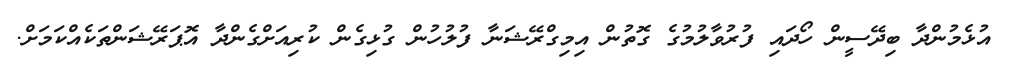
އުޅެމުންދާ ބިދޭސީން ހޯދައި ފުރުވާލުމުގެ ގޮތުން އިމިގްރޭޝަނާ ފުލުހުން ގުޅިގެން ކުރިއަށްގެންދާ އޮޕަރޭޝަންތަކެއްކަމަށް.